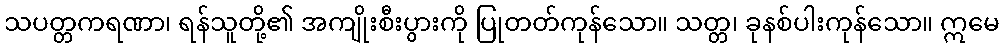
သပတ္တကရဏာ၊ ရန်သူတို့၏ အကျိုးစီးပွားကို ပြုတတ်ကုန်သော။ သတ္တ၊ ခုနစ်ပါးကုန်သော။ ဣမေ